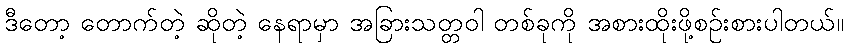
ဒီတော့ တောက်တဲ့ ဆိုတဲ့ နေရာမှာ အခြားသတ္တဝါ တစ်ခုကို အစားထိုးဖို့စဉ်းစားပါတယ်။